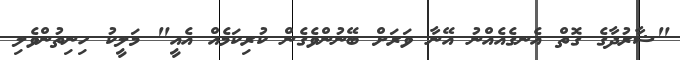
"ޝާރުދާގެ ގޮތް އެނގެއެއްނު އޭނާ ވަރަށް ބޭނުންވެގެން ކުރިކަމެއް އެއީ" މަލީކު ހިނިތުންވެލި